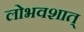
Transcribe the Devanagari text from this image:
लोभवशात्